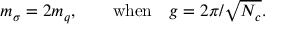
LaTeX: m _ { \sigma } = 2 m _ { q } , ~ ~ ~ ~ ~ ~ \mathrm { w h e n } ~ ~ ~ g = 2 \pi / \sqrt { N _ { c } } .